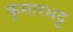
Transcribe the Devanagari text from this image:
कुमारभट्ट